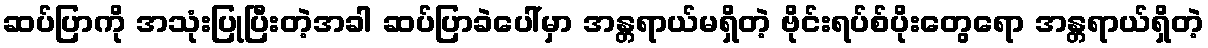
ဆပ်ပြာကို အသုံးပြုပြီးတဲ့အခါ ဆပ်ပြာခဲပေါ်မှာ အန္တရာယ်မရှိတဲ့ ဗိုင်းရပ်စ်ပိုးတွေရော အန္တရာယ်ရှိတဲ့